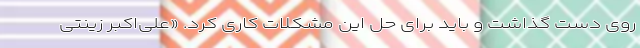
روی دست گذاشت و باید برای حل این مشکلات کاری کرد. «علی‌اکبر زینتی